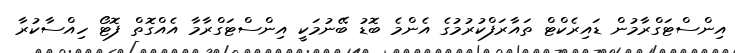
އިންސްޓަގްރާމުން ޑައިރެކްޓް ތައާރަފްކުރުމުގެ އެންމެ ބޮޑު ބޭނުމަކީ އިންސްޓަގްރާމާ އެއްގޮތް ފޮޓޯ ހިއްސާކުރާ